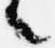
々